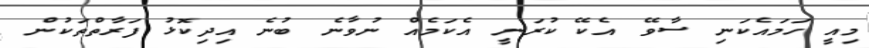
މިއީ ހަމައެކަނި ސާވޭ އެކޭ ކުރަނީ އެކަމެއް ނުވާނެ ބުނެ އިދިކޮޅު ފަރާތްތަކުން